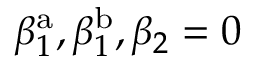
\beta _ { 1 } ^ { \mathrm { a } } , \beta _ { 1 } ^ { \mathrm { b } } , \beta _ { 2 } = 0